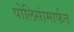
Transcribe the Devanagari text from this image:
पोलिसांमार्फत